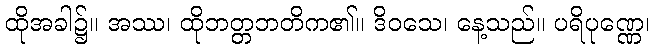
ထိုအခါ၌။ အဿ၊ ထိုဘတ္တဘတိက၏။ ဒိဝသေ၊ နေ့သည်။ ပရိပုဏ္ဏေ၊